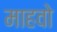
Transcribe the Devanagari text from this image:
माहवो